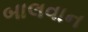
બાલવાન